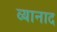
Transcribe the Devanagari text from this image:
व्यानाद